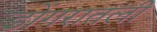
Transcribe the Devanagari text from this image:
डोंगरातली